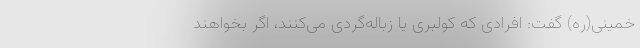
خمینی(ره) گفت: افرادی که کولبری یا زباله‌گردی می‌کنند، اگر بخواهند